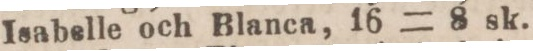
Isabelle och Blanca, 16 = 8 sk.